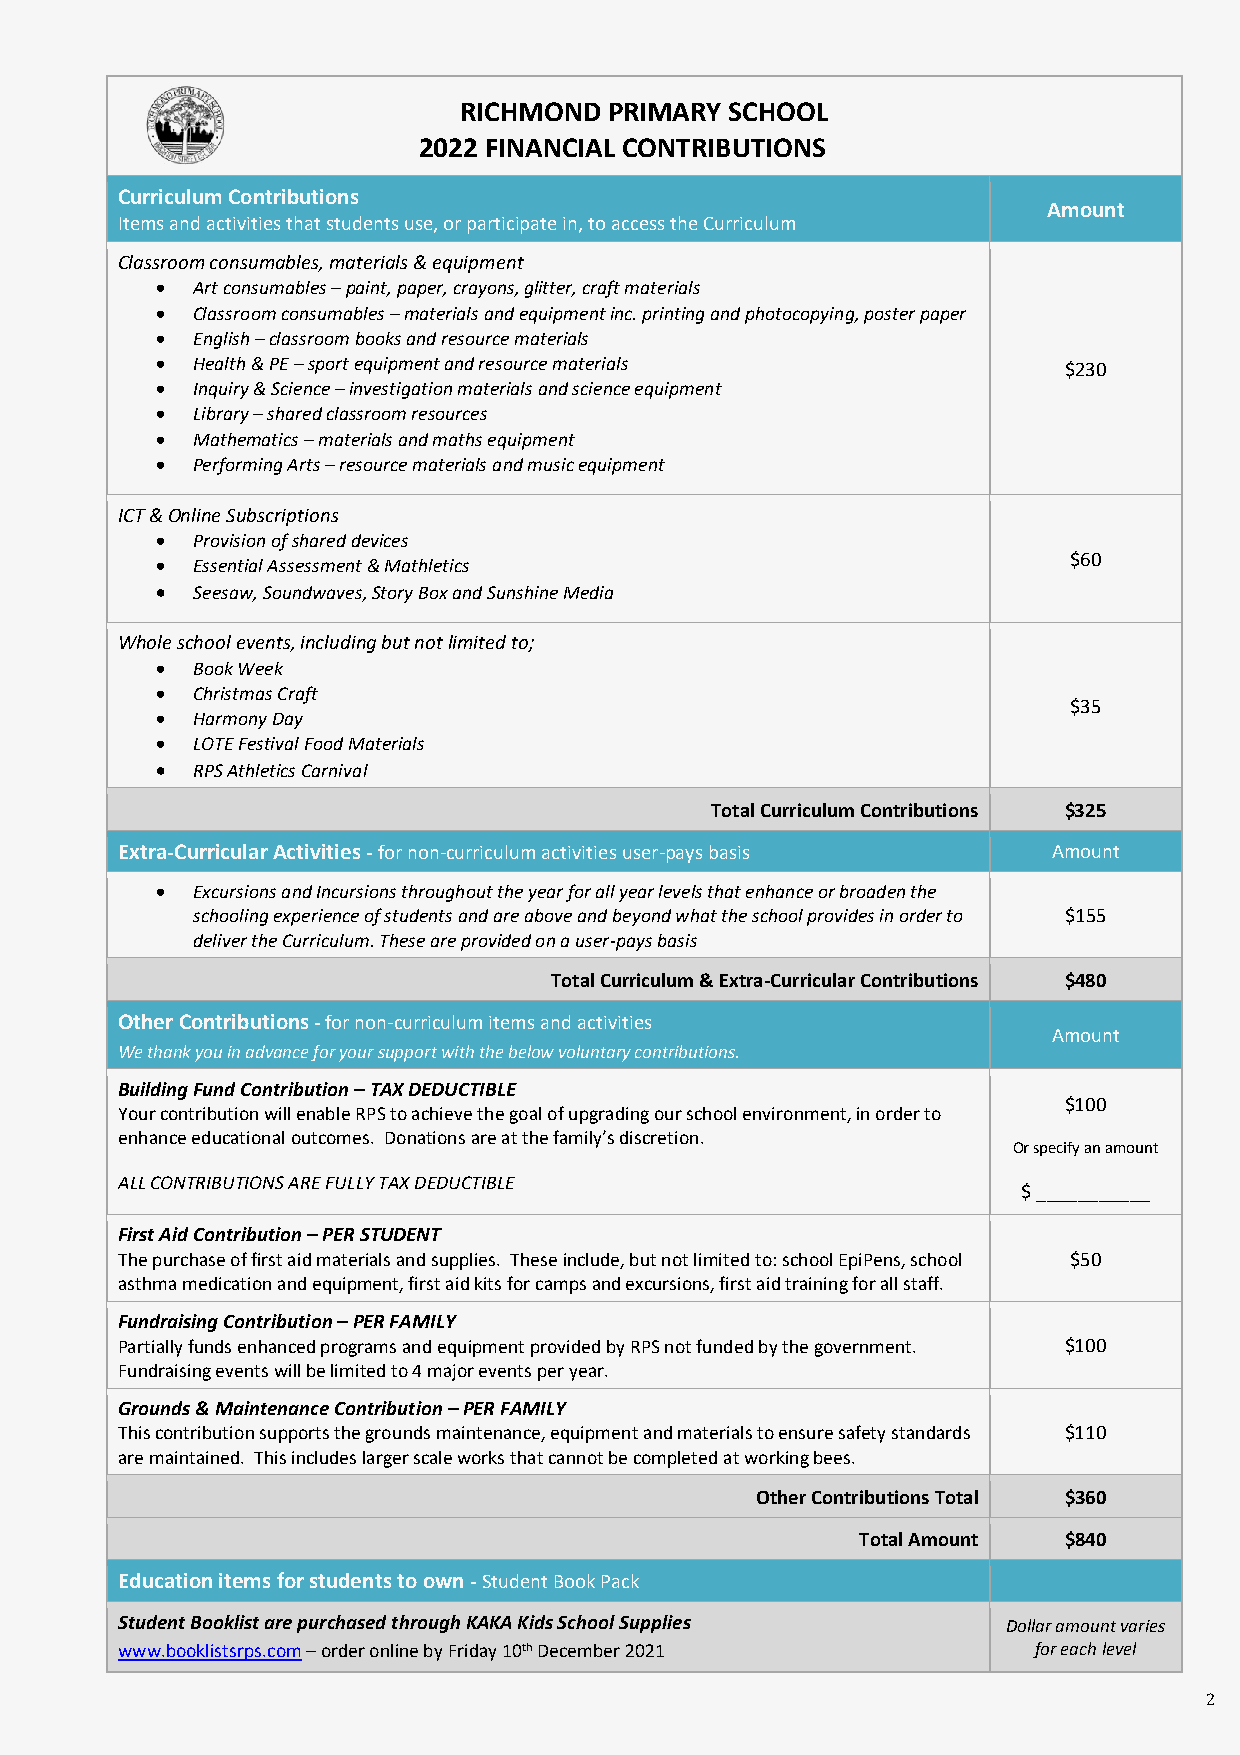
RICHMOND  PRIMARY SCHOOL
 2022 FINANCIAL CONTRIBUTIONS
 Curriculum Contributions
 Amount
 Items and activities that students use, or participate in, to access the Curriculum
 Classroom consumables, materials & equipment
 •  Art consumables – paint, paper, crayons, glitter, craft materials
 •  Classroom consumables – materials and equipment inc. printing and photocopying, poster paper
 •  English – classroom books and resource materials
 •  Health & PE – sport equipment and resource materials     $230
 •  Inquiry & Science – investigation materials and science equipment
 •  Library – shared classroom resources
 •  Mathematics – materials and maths equipment
 •  Performing Arts – resource materials and music equipment
 ICT & Online Subscriptions
 •  Provision of shared devices
 •  Essential Assessment & Mathletics
 $60
 •  Seesaw, Soundwaves, Story Box and Sunshine Media
 Whole school events, including but not limited to;
 •  Book Week
 •  Christmas Craft
 $35
 •  Harmony Day
 •  LOTE Festival Food Materials
 •  RPS Athletics Carnival
 Total Curriculum Contributions $325
 Extra-Curricular Activities - for non-curriculum activities user-pays basis Amount
 •  Excursions and Incursions throughout the year for all year levels that enhance or broaden the
 schooling experience of students and are above and beyond what the school provides in order to $155
 deliver the Curriculum. These are provided on a user-pays basis
 Total Curriculum & Extra-Curricular Contributions $480
 Other Contributions - for non-curriculum items and activities
 Amount
 We thank you in advance for your support with the below voluntary contributions.
 Building Fund Contribution – TAX DEDUCTIBLE
 $100
 Your contribution will enable RPS to achieve the goal of upgrading our school environment, in order to
 enhance educational outcomes. Donations are at the family’s discretion.
 Or specify an amount
 ALL CONTRIBUTIONS ARE FULLY TAX DEDUCTIBLE
 $ ___________
 First Aid Contribution – PER STUDENT
 The purchase of first aid materials and supplies. These include, but not limited to: school EpiPens, school $50
 asthma medication and equipment, first aid kits for camps and excursions, first aid training for all staff.
 Fundraising Contribution – PER FAMILY
 Partially funds enhanced programs and equipment provided by RPS not funded by the government. $100
 Fundraising events will be limited to 4 major events per year.
 Grounds & Maintenance Contribution – PER FAMILY
 This contribution supports the grounds maintenance, equipment and materials to ensure safety standards $110
 are maintained. This includes larger scale works that cannot be completed at working bees.
 Other Contributions Total $360
 Total Amount $840
 Education items for students to own - Student Book Pack
 Student Booklist are purchased through KAKA Kids School Supplies Dollar amount varies
 www.booklistsrps.com – order online by Friday 10th December 2021 for each level
 2